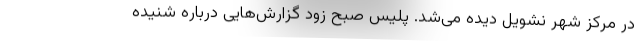
در مرکز شهر نشویل دیده می‌شد. پلیس صبح زود گزارش‌هایی درباره شنیده